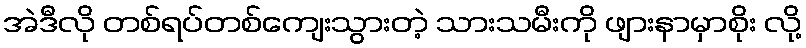
အဲဒီလို တစ်ရပ်တစ်ကျေးသွားတဲ့ သားသမီးကို ဖျားနာမှာစိုး လို့